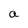
Character: a